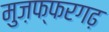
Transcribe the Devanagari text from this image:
मुज़फ्फरगढ़